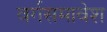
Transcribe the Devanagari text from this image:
वर्गसमावेश